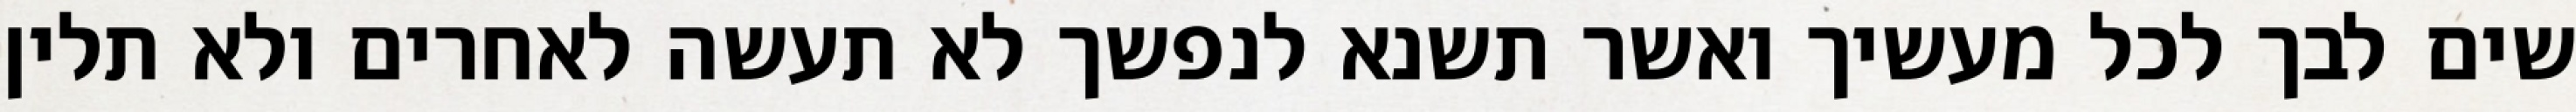
שים לבך לכל מעשיך ואשר תשנא לנפשך לא תעשה לאחרים ולא תלין